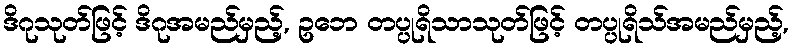
ဒိဂုသုတ်ဖြင့် ဒိဂုအမည်မှည့်, ဥဘေ တပ္ပုရိသာသုတ်ဖြင့် တပ္ပုရိသ်အမည်မှည့်,